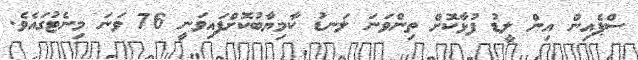
ސްޕެއިން އިން ލީޑު ފުޅާކޮށް ތިންވަނަ ލަނޑު ކާމިޔާބުކޮށްފައިވަނީ 76 ވަނަ މިނެޓުގައެވެ.